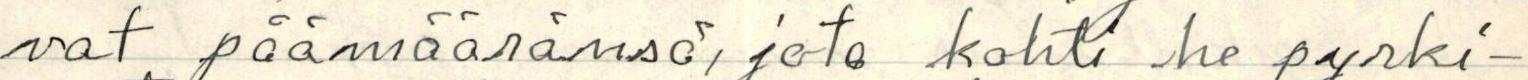
vat päämääränsä, jota kohti he pyrki-